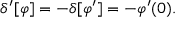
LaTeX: \delta ^ { \prime } [ \varphi ] = - \delta [ \varphi ^ { \prime } ] = - \varphi ^ { \prime } ( 0 ) .